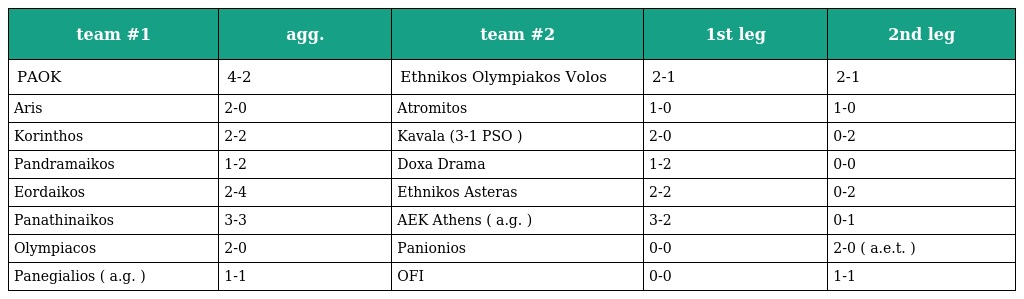
| team #1 | agg. | team #2 | 1st leg | 2nd leg |
 | --- | --- | --- | --- | --- |
 | PAOK | 4-2 | Ethnikos Olympiakos Volos | 2-1 | 2-1 |
 | Aris | 2-0 | Atromitos | 1-0 | 1-0 |
 | Korinthos | 2-2 | Kavala (3-1 PSO ) | 2-0 | 0-2 |
 | Pandramaikos | 1-2 | Doxa Drama | 1-2 | 0-0 |
 | Eordaikos | 2-4 | Ethnikos Asteras | 2-2 | 0-2 |
 | Panathinaikos | 3-3 | AEK Athens ( a.g. ) | 3-2 | 0-1 |
 | Olympiacos | 2-0 | Panionios | 0-0 | 2-0 ( a.e.t. ) |
 | Panegialios ( a.g. ) | 1-1 | OFI | 0-0 | 1-1 |